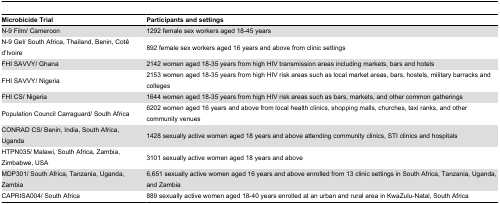
<table><thead><tr><td><b>Microbicide Trial</b></td><td><b>Participants and settings</b></td></tr></thead><tbody><tr><td>N-9 Film/ Cameroon</td><td>1292 female sex workers aged 18-45 years</td></tr><tr><td>N-9 Gel/ South Africa, Thailand, Benin, Cotê d’Ivoire</td><td>892 female sex workers aged 16 years and above from clinic settings</td></tr><tr><td>FHI SAVVY/ Ghana</td><td>2142 women aged 18-35 years from high HIV transmission areas including markets, bars and hotels</td></tr><tr><td>FHI SAVVY/ Nigeria</td><td>2153 women aged 18-35 years from high HIV risk areas such as local market areas, bars, hostels, military barracks and colleges</td></tr><tr><td>FHI CS/ Nigeria</td><td>1644 women aged 18-35 years from high HIV risk areas such as bars, markets, and other common gatherings</td></tr><tr><td>Population Council Carraguard/ South Africa</td><td>6202 women aged 16 years and above from local health clinics, shopping malls, churches, taxi ranks, and other community venues</td></tr><tr><td>CONRAD CS/ Benin, India, South Africa, Uganda</td><td>1428 sexually active women aged 18 years and above attending community clinics, STI clinics and hospitals</td></tr><tr><td>HTPN035/ Malawi, South Africa, Zambia, Zimbabwe, USA</td><td>3101 sexually active women aged 18 years and above</td></tr><tr><td>MDP301/ South Africa, Tanzania, Uganda, Zambia</td><td>6,651 sexually active women aged 16 years and above enrolled from 13 clinic settings in South Africa, Tanzania, Uganda, and Zambia</td></tr><tr><td>CAPRISA004/ South Africa</td><td>889 sexually active women aged 18-40 years enrolled at an urban and rural area in KwaZulu-Natal, South Africa</td></tr></tbody></table>